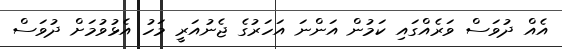
އެއް ދުވަސް ވަރެއްގައި ކަމުން އަންނަ އަހަރުގެ ޖެނުއަރީ މަހު އެޅުވުމަށް ދުވަސް